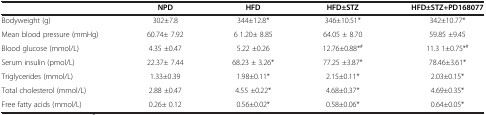
<table><thead><tr><td><b> </b></td><td><b>NPD</b></td><td><b>HFD</b></td><td><b>HFD±STZ</b></td><td><b>HFD±STZ+PD168077</b></td></tr></thead><tbody><tr><td>Bodyweight (g)</td><td>302±7.8</td><td>344±12.8*</td><td>346±10.51*</td><td>342±10.77*</td></tr><tr><td>Mean blood pressure (mmHg)</td><td>60.74± 7.92</td><td>6 1.20± 8.85</td><td>64.05 ± 8.70</td><td>59.85 ±9.45</td></tr><tr><td>Blood glucose (mmol/L)</td><td>4.35 ±0.47</td><td>5.22 ±0.26</td><td>12.76±0.88*<sup>#</sup></td><td>11.3 1±0.75*<sup>#</sup></td></tr><tr><td>Serum insulin (pmol/L)</td><td>22.37± 7.44</td><td>68.23 ± 3.26*</td><td>77.25 ±3.87*</td><td>78.46±3.61*</td></tr><tr><td>Triglycerides (mmol/L)</td><td>1.33±0.39</td><td>1.98±0.11*</td><td>2.15±0.11*</td><td>2.03±0.15*</td></tr><tr><td>Total cholesterol (mmol/L)</td><td>2.88 ±0.47</td><td>4.55 ±0.22*</td><td>4.68±0.37*</td><td>4.69±0.35*</td></tr><tr><td>Free fatty acids (mmol/L)</td><td>0.26± 0.12</td><td>0.56±0.02*</td><td>0.58±0.06*</td><td>0.64±0.05*</td></tr></tbody></table>